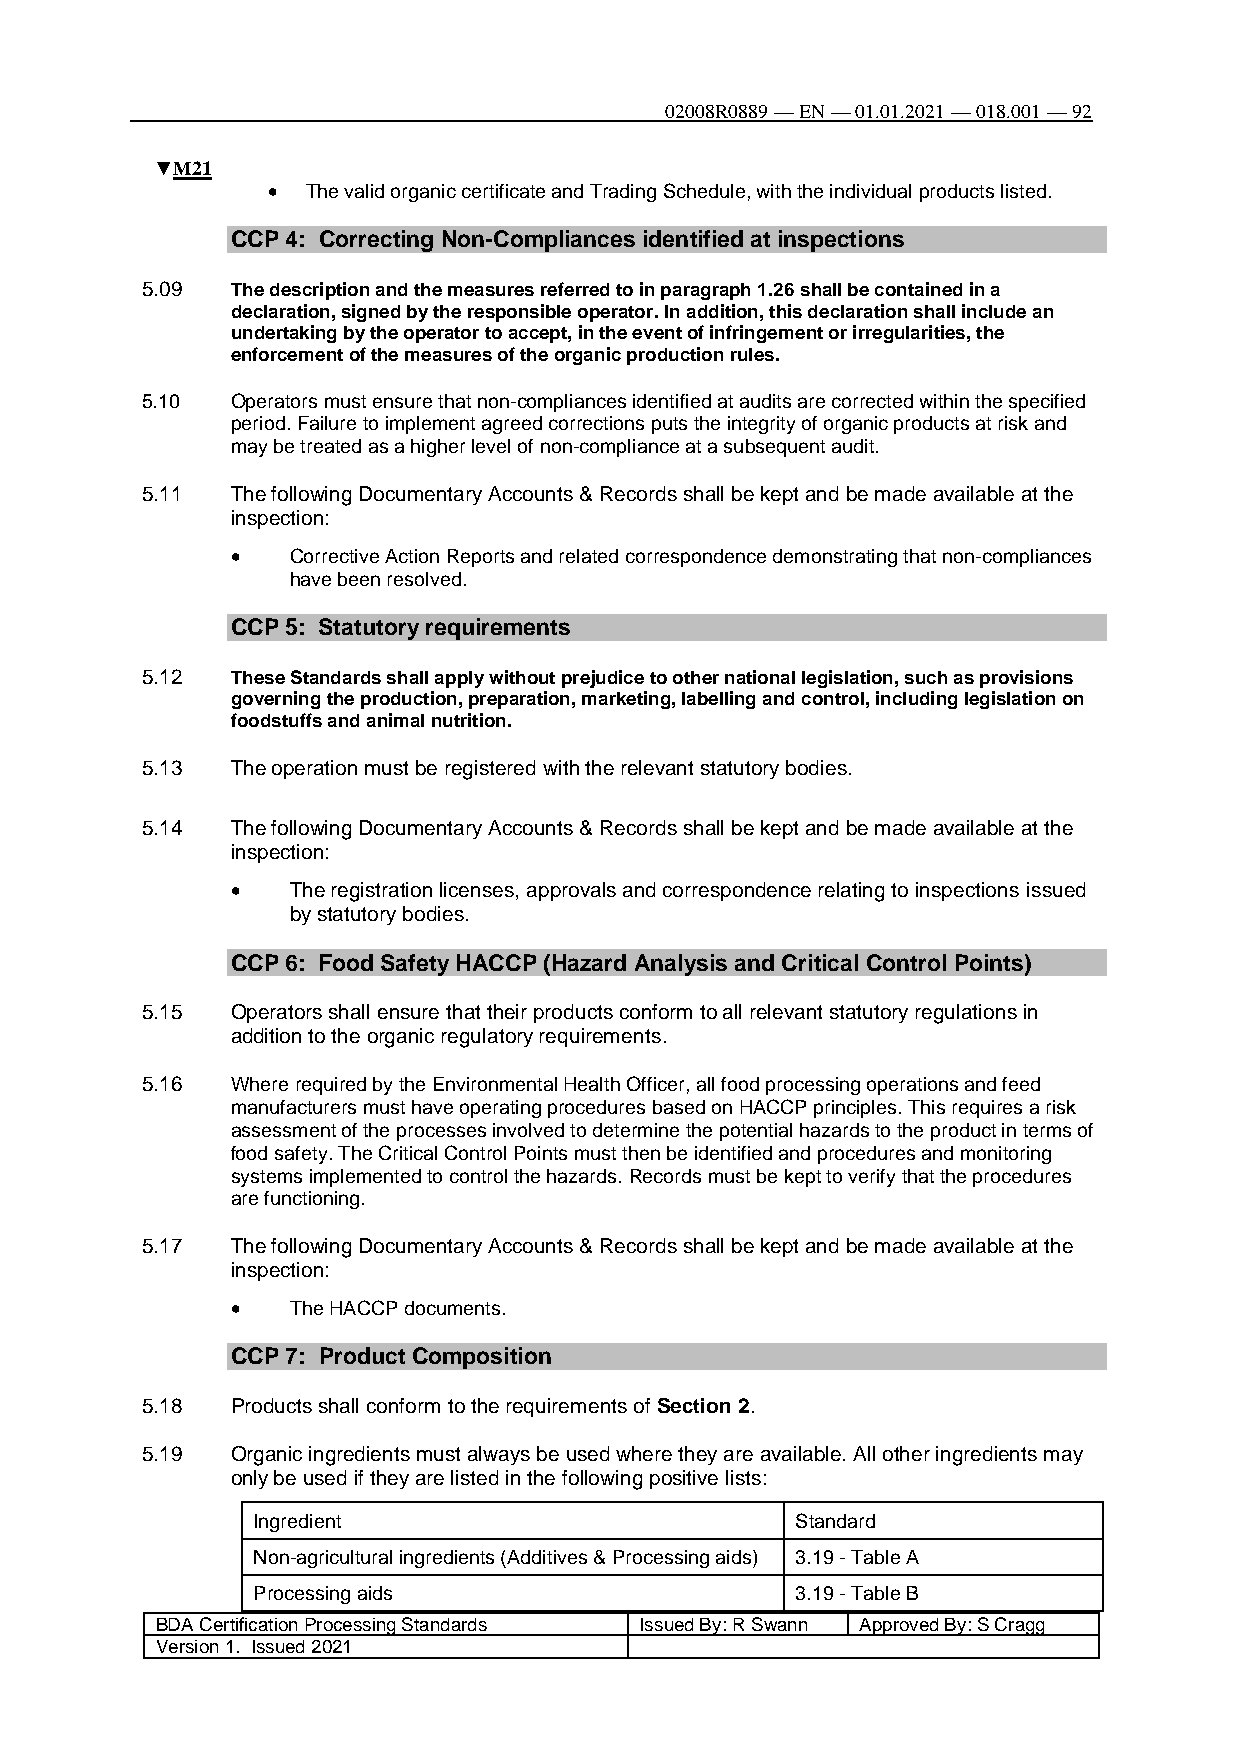
02008R0889 — EN — 01.01.2021 — 018.001 — 92
 ▼M21
  The valid organic certificate and Trading Schedule, with the individual products listed.
 CCP 4: Correcting Non-Compliances identified at inspections
 5.09  The description and the measures referred to in paragraph 1.26 shall be contained in a
 declaration, signed by the responsible operator. In addition, this declaration shall include an
 undertaking by the operator to accept, in the event of infringement or irregularities, the
 enforcement of the measures of the organic production rules.
 5.10  Operators must ensure that non-compliances identified at audits are corrected within the specified
 period. Failure to implement agreed corrections puts the integrity of organic products at risk and
 may be treated as a higher level of non-compliance at a subsequent audit.
 5.11  The following Documentary Accounts & Records shall be kept and be made available at the
 inspection:
    Corrective Action Reports and related correspondence demonstrating that non-compliances
 have been resolved.
 CCP 5: Statutory requirements
 5.12  These Standards shall apply without prejudice to other national legislation, such as provisions
 governing the production, preparation, marketing, labelling and control, including legislation on
 foodstuffs and animal nutrition.
 5.13  The operation must be registered with the relevant statutory bodies.
 5.14  The following Documentary Accounts & Records shall be kept and be made available at the
 inspection:
    The registration licenses, approvals and correspondence relating to inspections issued
 by statutory bodies.
 CCP 6: Food Safety HACCP (Hazard Analysis and Critical Control Points)
 5.15  Operators shall ensure that their products conform to all relevant statutory regulations in
 addition to the organic regulatory requirements.
 5.16  Where required by the Environmental Health Officer, all food processing operations and feed
 manufacturers must have operating procedures based on HACCP principles. This requires a risk
 assessment of the processes involved to determine the potential hazards to the product in terms of
 food safety. The Critical Control Points must then be identified and procedures and monitoring
 systems implemented to control the hazards. Records must be kept to verify that the procedures
 are functioning.
 5.17  The following Documentary Accounts & Records shall be kept and be made available at the
 inspection:
    The HACCP documents.
 CCP 7: Product Composition
 5.18  Products shall conform to the requirements of Section 2.
 5.19  Organic ingredients must always be used where they are available. All other ingredients may
 only be used if they are listed in the following positive lists:
 Ingredient                          Standard
 Non-agricultural ingredients (Additives & Processing aids) 3.19 - Table A
 Processing aids                     3.19 - Table B
 BDA Certification Processing Standards Issued By: R Swann Approved By: S Cragg
 Version 1. Issued 2021